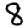
Digit: 8